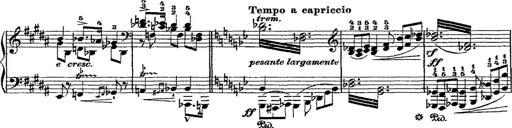
Title: Fantaisie romantique sur deux mÃ©lodies suisses
Composer: Franz Liszt